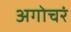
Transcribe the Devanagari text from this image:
अगोचरं